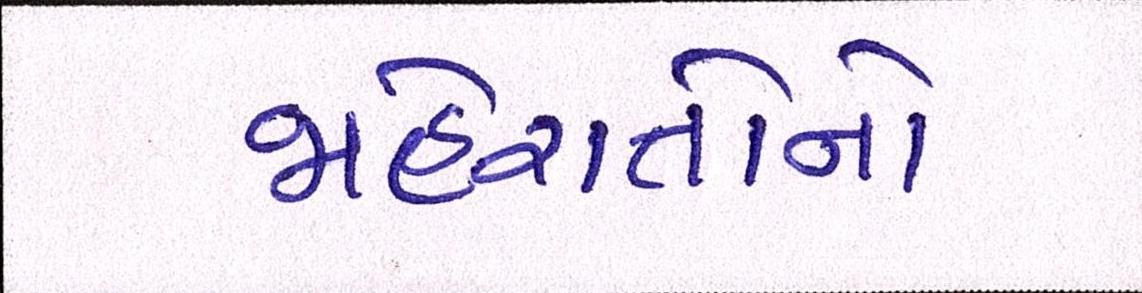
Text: જાહેરાતોનો